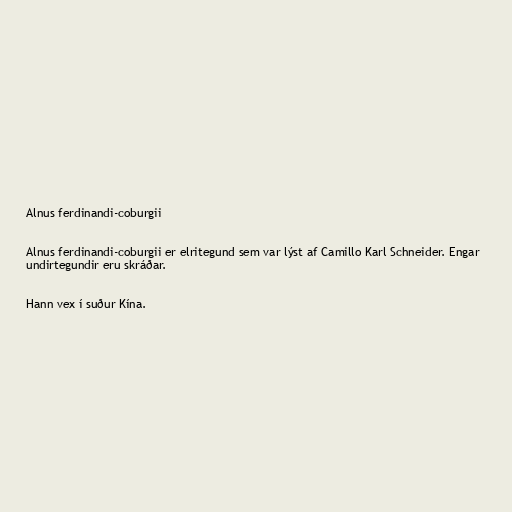
Alnus ferdinandi-coburgii

Alnus ferdinandi-coburgii er elritegund sem var lýst af Camillo Karl Schneider. Engar
undirtegundir eru skráðar.

Hann vex í suður Kína.